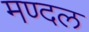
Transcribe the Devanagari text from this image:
मण्दल